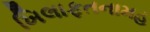
ખિલાફતનામહ